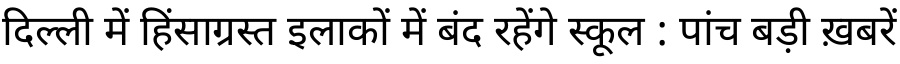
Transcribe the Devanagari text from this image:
दिल्ली में हिंसाग्रस्त इलाकों में बंद रहेंगे स्कूल : पांच बड़ी ख़बरें